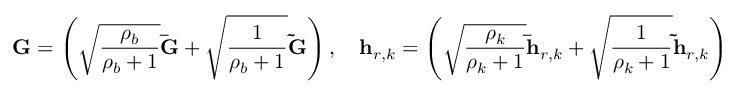
\mathbf { G } = \left( \sqrt { \frac { \rho _ { b } } { \rho _ { b } + 1 } } \mathbf { \bar { G } } + \sqrt { \frac { 1 } { \rho _ { b } + 1 } } \mathbf { \tilde { G } } \right) , \quad \mathbf { h } _ { r , k } = \left( \sqrt { \frac { \rho _ { k } } { \rho _ { k } + 1 } } \mathbf { \bar { h } } _ { r , k } + \sqrt { \frac { 1 } { \rho _ { k } + 1 } } \mathbf { \tilde { h } } _ { r , k } \right)